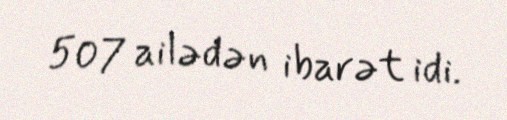
507 ailədən ibarət idi.